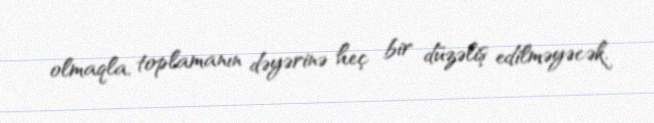
olmaqla, toplamanın dəyərinə heç bir düzəliş edilməyəcək.